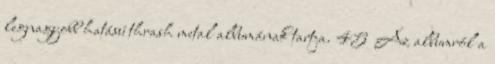
legnagyobb hatású thrash metal albumának tartja. 45 Az albumról a